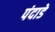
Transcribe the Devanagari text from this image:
पंदाडे